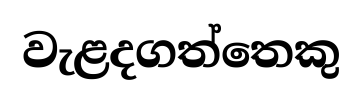
වැළදගත්තෙකු